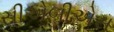
સીએબીએસ